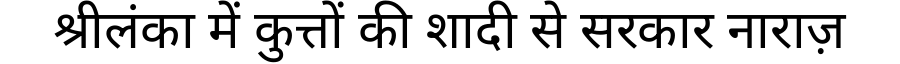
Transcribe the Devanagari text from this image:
श्रीलंका में कुत्तों की शादी से सरकार नाराज़